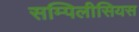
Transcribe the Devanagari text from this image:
सम्पिलीसियस